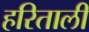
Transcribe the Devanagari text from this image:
हरिताली